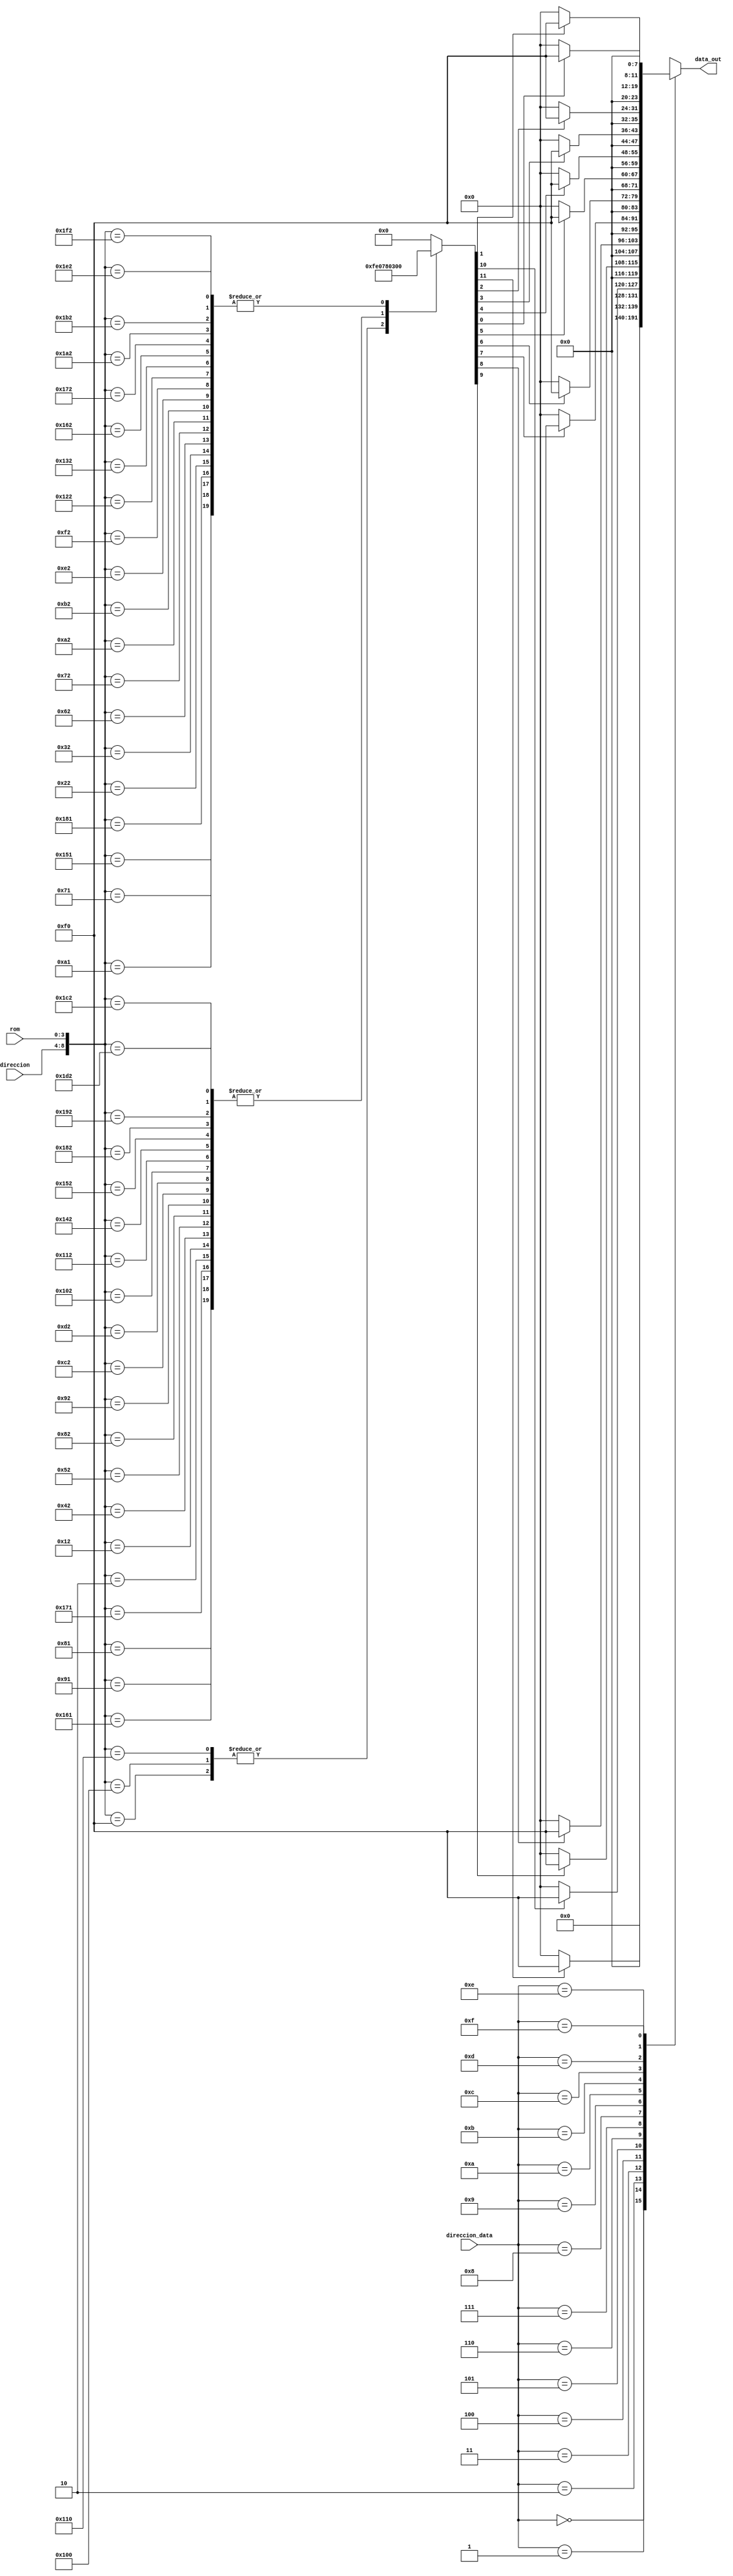
`timescale 1ns / 1ps
//////////////////////////////////////////////////////////////////////////////////
module MEMORIA_SP(direccion, rom, data_out, direccion_data); 

input wire [4:0]direccion;  // Direccion de celdas (direccion) y de direccion en la celda de memoria (rom)
input wire [3:0]rom;		    // Direccion de celda
 
input  [3:0]direccion_data; //Seleccion de datos de salida
output reg[11:0]data_out;      //Datos de salida 

wire [8:0]rom_addr = {direccion,rom}; //direccion completa en banco de memoria 
reg  [15:0]rom_data; 					   // Datos de memoria  

always @(*) 			 // Se ejecuta cada 9'h03F  : rom_data <= 384'hez que se cahia la direccion ingresada 
begin
	case (rom_addr)	 // Dependiendo del lugar de memoria que se esta empleando se en9'h03F  : rom_data <= 384'hia un hus de datos 
	
	9'h000  : rom_data <= 16'b0000000000000000;
	9'h010  : rom_data <= 16'b0000000000000000;
	9'h020  : rom_data <= 16'b0000000000000000;
	9'h030  : rom_data <= 16'b0000000000000000;
	9'h040  : rom_data <= 16'b0000000000000000;
	9'h050  : rom_data <= 16'b0000000000000000;
	9'h060  : rom_data <= 16'b0000000000000000;
	9'h070  : rom_data <= 16'b0000000000000000;
	9'h080  : rom_data <= 16'b0000000000000000;
	9'h090  : rom_data <= 16'b0000000000000000;
	9'h0A0  : rom_data <= 16'b0000000000000000;
	9'h0B0  : rom_data <= 16'b0000000000000000;
	9'h0C0  : rom_data <= 16'b0000000000000000;
	9'h0D0  : rom_data <= 16'b0000000000000000;
	9'h0E0  : rom_data <= 16'b0000000000000000;
	9'h0F0  : rom_data <= 16'b0000111111100000;
	9'h100  : rom_data <= 16'b0000111111100000;
	9'h110  : rom_data <= 16'b0000111111100000;
	9'h120  : rom_data <= 16'b0000000000000000;
	9'h130  : rom_data <= 16'b0000000000000000;
	9'h140  : rom_data <= 16'b0000000000000000;
	9'h150  : rom_data <= 16'b0000000000000000;
	9'h160  : rom_data <= 16'b0000000000000000;
	9'h170  : rom_data <= 16'b0000000000000000;
	9'h180  : rom_data <= 16'b0000000000000000;
	9'h190  : rom_data <= 16'b0000000000000000;
	9'h1A0  : rom_data <= 16'b0000000000000000;
	9'h1B0  : rom_data <= 16'b0000000000000000;
	9'h1C0  : rom_data <= 16'b0000000000000000;
	9'h1D0  : rom_data <= 16'b0000000000000000;
	9'h1E0  : rom_data <= 16'b0000000000000000;
	9'h1F0  : rom_data <= 16'b0000000000000000;


	9'h001  : rom_data <= 16'b0000000000000000;
	9'h011  : rom_data <= 16'b0000000000000000;
	9'h021  : rom_data <= 16'b0000000000000000;
	9'h031  : rom_data <= 16'b0000000000000000;
	9'h041  : rom_data <= 16'b0000000000000000;
	9'h051  : rom_data <= 16'b0000000000000000;
	9'h061  : rom_data <= 16'b0000000000000000;
	9'h071  : rom_data <= 16'b0000001100000000;
	9'h081  : rom_data <= 16'b0000011110000000;
	9'h091  : rom_data <= 16'b0000011110000000;
	9'h0A1  : rom_data <= 16'b0000001100000000;
	9'h0B1  : rom_data <= 16'b0000000000000000;
	9'h0C1  : rom_data <= 16'b0000000000000000;
	9'h0D1  : rom_data <= 16'b0000000000000000;
	9'h0E1  : rom_data <= 16'b0000000000000000;
	9'h0F1  : rom_data <= 16'b0000000000000000;
	9'h101  : rom_data <= 16'b0000000000000000;
	9'h111  : rom_data <= 16'b0000000000000000;
	9'h121  : rom_data <= 16'b0000000000000000;
	9'h131  : rom_data <= 16'b0000000000000000;
	9'h141  : rom_data <= 16'b0000000000000000;
	9'h151  : rom_data <= 16'b0000001100000000;
	9'h161  : rom_data <= 16'b0000011110000000;
	9'h171  : rom_data <= 16'b0000011110000000;
	9'h181  : rom_data <= 16'b0000001100000000;
	9'h191  : rom_data <= 16'b0000000000000000;
	9'h1A1  : rom_data <= 16'b0000000000000000;
	9'h1B1  : rom_data <= 16'b0000000000000000;
	9'h1C1  : rom_data <= 16'b0000000000000000;
	9'h1D1  : rom_data <= 16'b0000000000000000;
	9'h1E1  : rom_data <= 16'b0000000000000000;
	9'h1F1  : rom_data <= 16'b0000000000000000;


	9'h002  : rom_data <= 16'b0000011110000000;
	9'h012  : rom_data <= 16'b0000011110000000;
	9'h022  : rom_data <= 16'b0000001100000000;
	9'h032  : rom_data <= 16'b0000001100000000;
	9'h042  : rom_data <= 16'b0000011110000000;
	9'h052  : rom_data <= 16'b0000011110000000;
	9'h062  : rom_data <= 16'b0000001100000000;
	9'h072  : rom_data <= 16'b0000001100000000;
	9'h082  : rom_data <= 16'b0000011110000000;
	9'h092  : rom_data <= 16'b0000011110000000;
	9'h0A2  : rom_data <= 16'b0000001100000000;
	9'h0B2  : rom_data <= 16'b0000001100000000;
	9'h0C2  : rom_data <= 16'b0000011110000000;
	9'h0D2  : rom_data <= 16'b0000011110000000;
	9'h0E2  : rom_data <= 16'b0000001100000000;
	9'h0F2  : rom_data <= 16'b0000001100000000;
	9'h102  : rom_data <= 16'b0000011110000000;
	9'h112  : rom_data <= 16'b0000011110000000;
	9'h122  : rom_data <= 16'b0000001100000000;
	9'h132  : rom_data <= 16'b0000001100000000;
	9'h142  : rom_data <= 16'b0000011110000000;
	9'h152  : rom_data <= 16'b0000011110000000;
	9'h162  : rom_data <= 16'b0000001100000000;
	9'h172  : rom_data <= 16'b0000001100000000;
	9'h182  : rom_data <= 16'b0000011110000000;
	9'h192  : rom_data <= 16'b0000011110000000;
	9'h1A2  : rom_data <= 16'b0000001100000000;
	9'h1B2  : rom_data <= 16'b0000001100000000;
	9'h1C2  : rom_data <= 16'b0000011110000000;
	9'h1D2  : rom_data <= 16'b0000011110000000;
	9'h1E2  : rom_data <= 16'b0000001100000000;
	9'h1F2  : rom_data <= 16'b0000001100000000;

////////////////////////////////////////////////////////////
	default : rom_data <= 384'h00000000;        //En caso de que se use una celda de memoria no especificada se en9'h03F  : rom_data <= 384'hian ceros a la salida 
	endcase
end

reg ON;

always @(*)
begin
	case(direccion_data)
	
	4'h0 : if (rom_data[15]) data_out = 12'h0F0; else data_out = 12'h000; 
	4'h1 : if (rom_data[14]) data_out = 12'h0F0; else data_out = 12'h000; 
	4'h2 : if (rom_data[13]) data_out = 12'h0F0; else data_out = 12'h000;  
	4'h3 : if (rom_data[12]) data_out = 12'h0F0; else data_out = 12'h000; 
	4'h4 : if (rom_data[11]) data_out = 12'h0F0; else data_out = 12'h000; 
	4'h5 : if (rom_data[10]) data_out = 12'h0F0; else data_out = 12'h000; 
	4'h6 : if (rom_data[9])  data_out = 12'h0F0; else data_out = 12'h000; 
	4'h7 : if (rom_data[8])  data_out = 12'h0F0; else data_out = 12'h000; 
	4'h8 : if (rom_data[7])  data_out = 12'h0F0; else data_out = 12'h000; 
	4'h9 : if (rom_data[6])  data_out = 12'h0F0; else data_out = 12'h000;
	4'hA : if (rom_data[5])  data_out = 12'h0F0; else data_out = 12'h000;  
	4'hB : if (rom_data[4])  data_out = 12'h0F0; else data_out = 12'h000; 
	4'hC : if (rom_data[3])  data_out = 12'h0F0; else data_out = 12'h000; 
	4'hD : if (rom_data[2])  data_out = 12'h0F0; else data_out = 12'h000;  
	4'hE : if (rom_data[1])  data_out = 12'h0F0; else data_out = 12'h000; 
	4'hF : if (rom_data[0])  data_out = 12'h0F0; else data_out = 12'h000; 
	
	default data_out = 12'h000;		
	endcase 
end 


endmodule